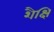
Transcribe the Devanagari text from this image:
शैक्षि